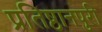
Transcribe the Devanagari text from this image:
प्रतिष्ठानपुरी